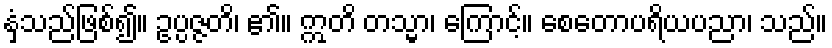
နှံ့သည်ဖြစ်၍။ ဥပ္ပဇ္ဇတိ၊ ၏။ ဣတိ တသ္မာ၊ ကြောင့်။ စေတောပရိယပညာ၊ သည်။